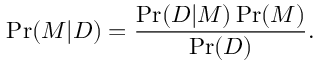
\operatorname* { P r } ( M | D ) = { \frac { \operatorname* { P r } ( D | M ) \operatorname* { P r } ( M ) } { \operatorname* { P r } ( D ) } } .